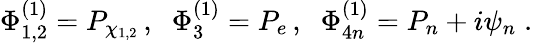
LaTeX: \Phi_{1,2}^{(1)}=P_{\chi_{1,2}}\, ,\; \; \Phi_{3}^{(1)}=P_{e}\, ,\; \; \Phi_{4n}^{(1)}=P_{n}+i\psi_{n}\; .